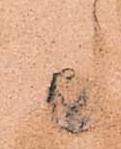
間